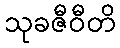
သုခဇီဝီတိ